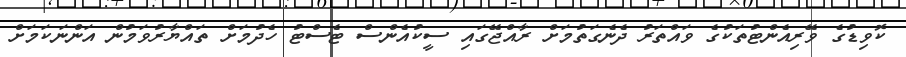
ކޮވިޑުގެ ވޭރިއެންޓުތަކުގެ ވައްތަރު ދެނެގަތުމަށް ރާއްޖޭގައި ސީކުއެންސް ޓެސްޓު ހެދުމަށް ތައްޔާރުވަމުން އަންނަކަމަށް